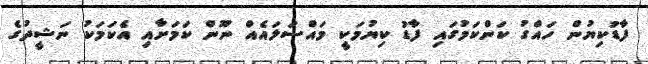
ފާޑުކިޔުން ހައްގު ކަންކަމުގައި ފާޑު ކިޔުމަކީ މައްސަލައެއް ނޫން ކަމަށާއި އެކަމަކު ނަޝީދުގެ